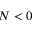
N < 0